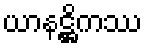
ယာနဋ္ဌိကဿ